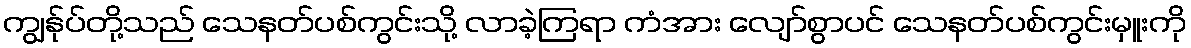
ကျွန်ုပ်တို့သည် သေနတ်ပစ်ကွင်းသို့ လာခဲ့ကြရာ ကံအား လျော်စွာပင် သေနတ်ပစ်ကွင်းမှူးကို